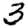
Digit: 3